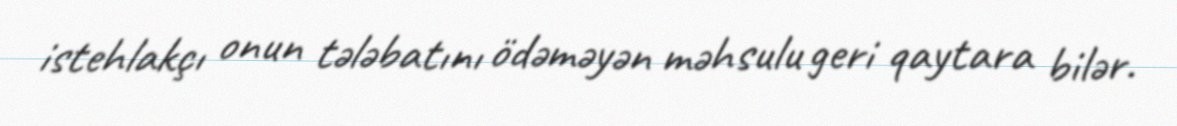
istehlakçı onun tələbatını ödəməyən məhsulu geri qaytara bilər.